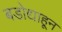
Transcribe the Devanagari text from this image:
बडोद्याहून